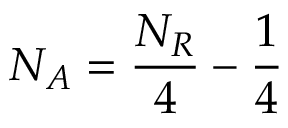
N _ { A } = \frac { N _ { R } } { 4 } - \frac { 1 } { 4 }